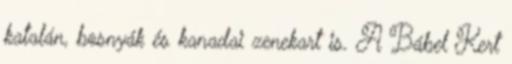
katalán, bosnyák és kanadai zenekart is. A Bábel Kert